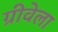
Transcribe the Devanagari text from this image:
ग्रीवेला